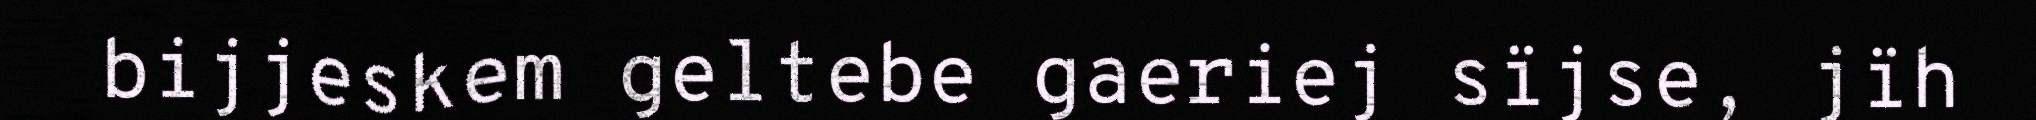
bijjeskem geltebe gaeriej sïjse, jïh